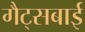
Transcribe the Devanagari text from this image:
गैट्सबाई